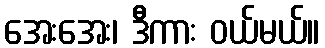
အေးအေး၊ ဒီကား ဝယ်မယ်။